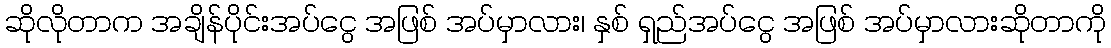
ဆိုလိုတာက အချိန်ပိုင်းအပ်ငွေ အဖြစ် အပ်မှာလား၊ နှစ် ရှည်အပ်ငွေ အဖြစ် အပ်မှာလားဆိုတာကို